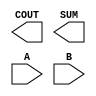
module sky130_fd_sc_hs__ha (
    COUT,
    SUM ,
    A   ,
    B
);

    output COUT;
    output SUM ;
    input  A   ;
    input  B   ;

    // Voltage supply signals
    supply1 VPWR;
    supply0 VGND;

endmodule